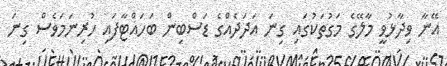
އޭނާ ވިދާޅުވީ މާލޭގެ މަގުތަކުގައި ގިނަ އަދަދެއްގެ ޑަސްބިން ބަހައްޓާފައި ހުރިނަމަވެސް ގިނަ